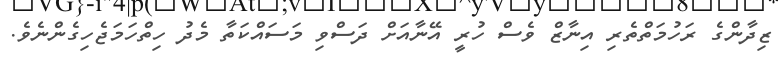
ޒިދާންގެ ރަހުމަތްތެރި އިނާޒް ވެސް ހުރީ އޭނާއަށް ދަސްވި މަސައްކަތާ މެދު ހިތްހަމަޖެހިގެންނެވެ.